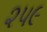
૨૫૯